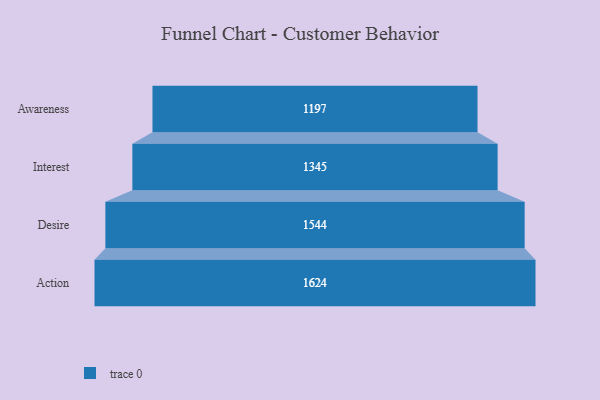
{"axis": {"x": "Stage", "y": "Value"}, "legend": [""], "data": [{"x": "Awareness", "y": 1197.0, "type": ""}, {"x": "Interest", "y": 1345.0, "type": ""}, {"x": "Desire", "y": 1544.0, "type": ""}, {"x": "Action", "y": 1624.0, "type": ""}]}